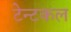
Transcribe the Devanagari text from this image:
टेन्टकल